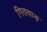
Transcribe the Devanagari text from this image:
गितवाड़